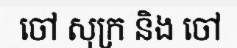
ចៅ សុក្រ និង ចៅ